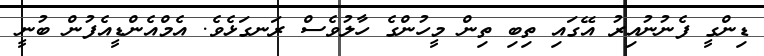
ޑިންގީ ފެނުނުއިރު އޭގައި ތިބި ތިން މީހުންގެ ހާލުވެސް ރަނގަޅެވެ. އެމްއެންޑީއެފުން ބުނީ